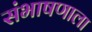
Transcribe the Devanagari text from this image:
संभाषणाला